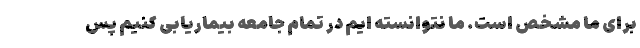
برای ما مشخص است. ما نتوانسته ایم در تمام جامعه بیماریابی کنیم پس